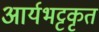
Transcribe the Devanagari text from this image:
आर्यभट्टकृत